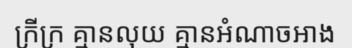
ក្រីក្រ គ្មានលុយ គ្មានអំណាចអាង